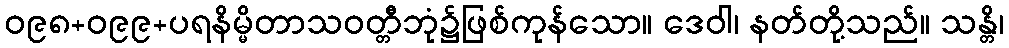
ဝ၉၈+ဝ၉၉+ပရနိမ္မိတာသဝတ္တီဘုံ၌ဖြစ်ကုန်သော။ ဒေဝါ၊ နတ်တို့သည်။ သန္တိ၊